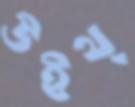
উইথ্